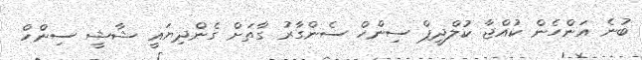
ބުނެ އަންހެން ކުއްޖާ ކުލްދީޕް ސިންހް ސެންގާރު ގާތަށް ގެންދިޔައީ ޝާޝީ ސިންހް